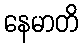
နေမာတိ